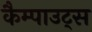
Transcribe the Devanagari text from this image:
कैम्पाउट्स